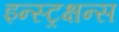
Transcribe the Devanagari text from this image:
इन्स्ट्रक्षन्स